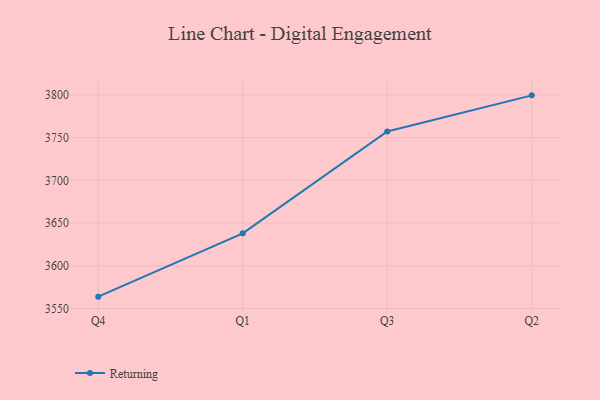
{"axis": {"x": "Quarter", "y": "Headcount"}, "legend": ["Returning"], "data": [{"x": "Q4", "y": 3563.9, "type": "Returning"}, {"x": "Q1", "y": 3638.0, "type": "Returning"}, {"x": "Q3", "y": 3757.3, "type": "Returning"}, {"x": "Q2", "y": 3799.5, "type": "Returning"}]}